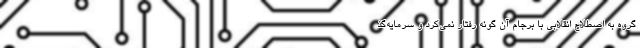
گروه به اصطلاح انقلابی با برجام آن گونه رفتار نمی‌کرد و سرمایه‌گذ